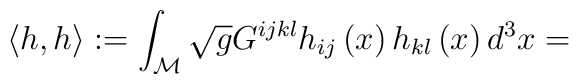
\left\langle h,h\right\rangle :=\int_{{\cal M}}\sqrt{g}G^{ijkl}h_{ij}\left(x\right) h_{kl}\left( x\right) d^3x=